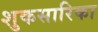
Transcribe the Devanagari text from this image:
शुकसारिका